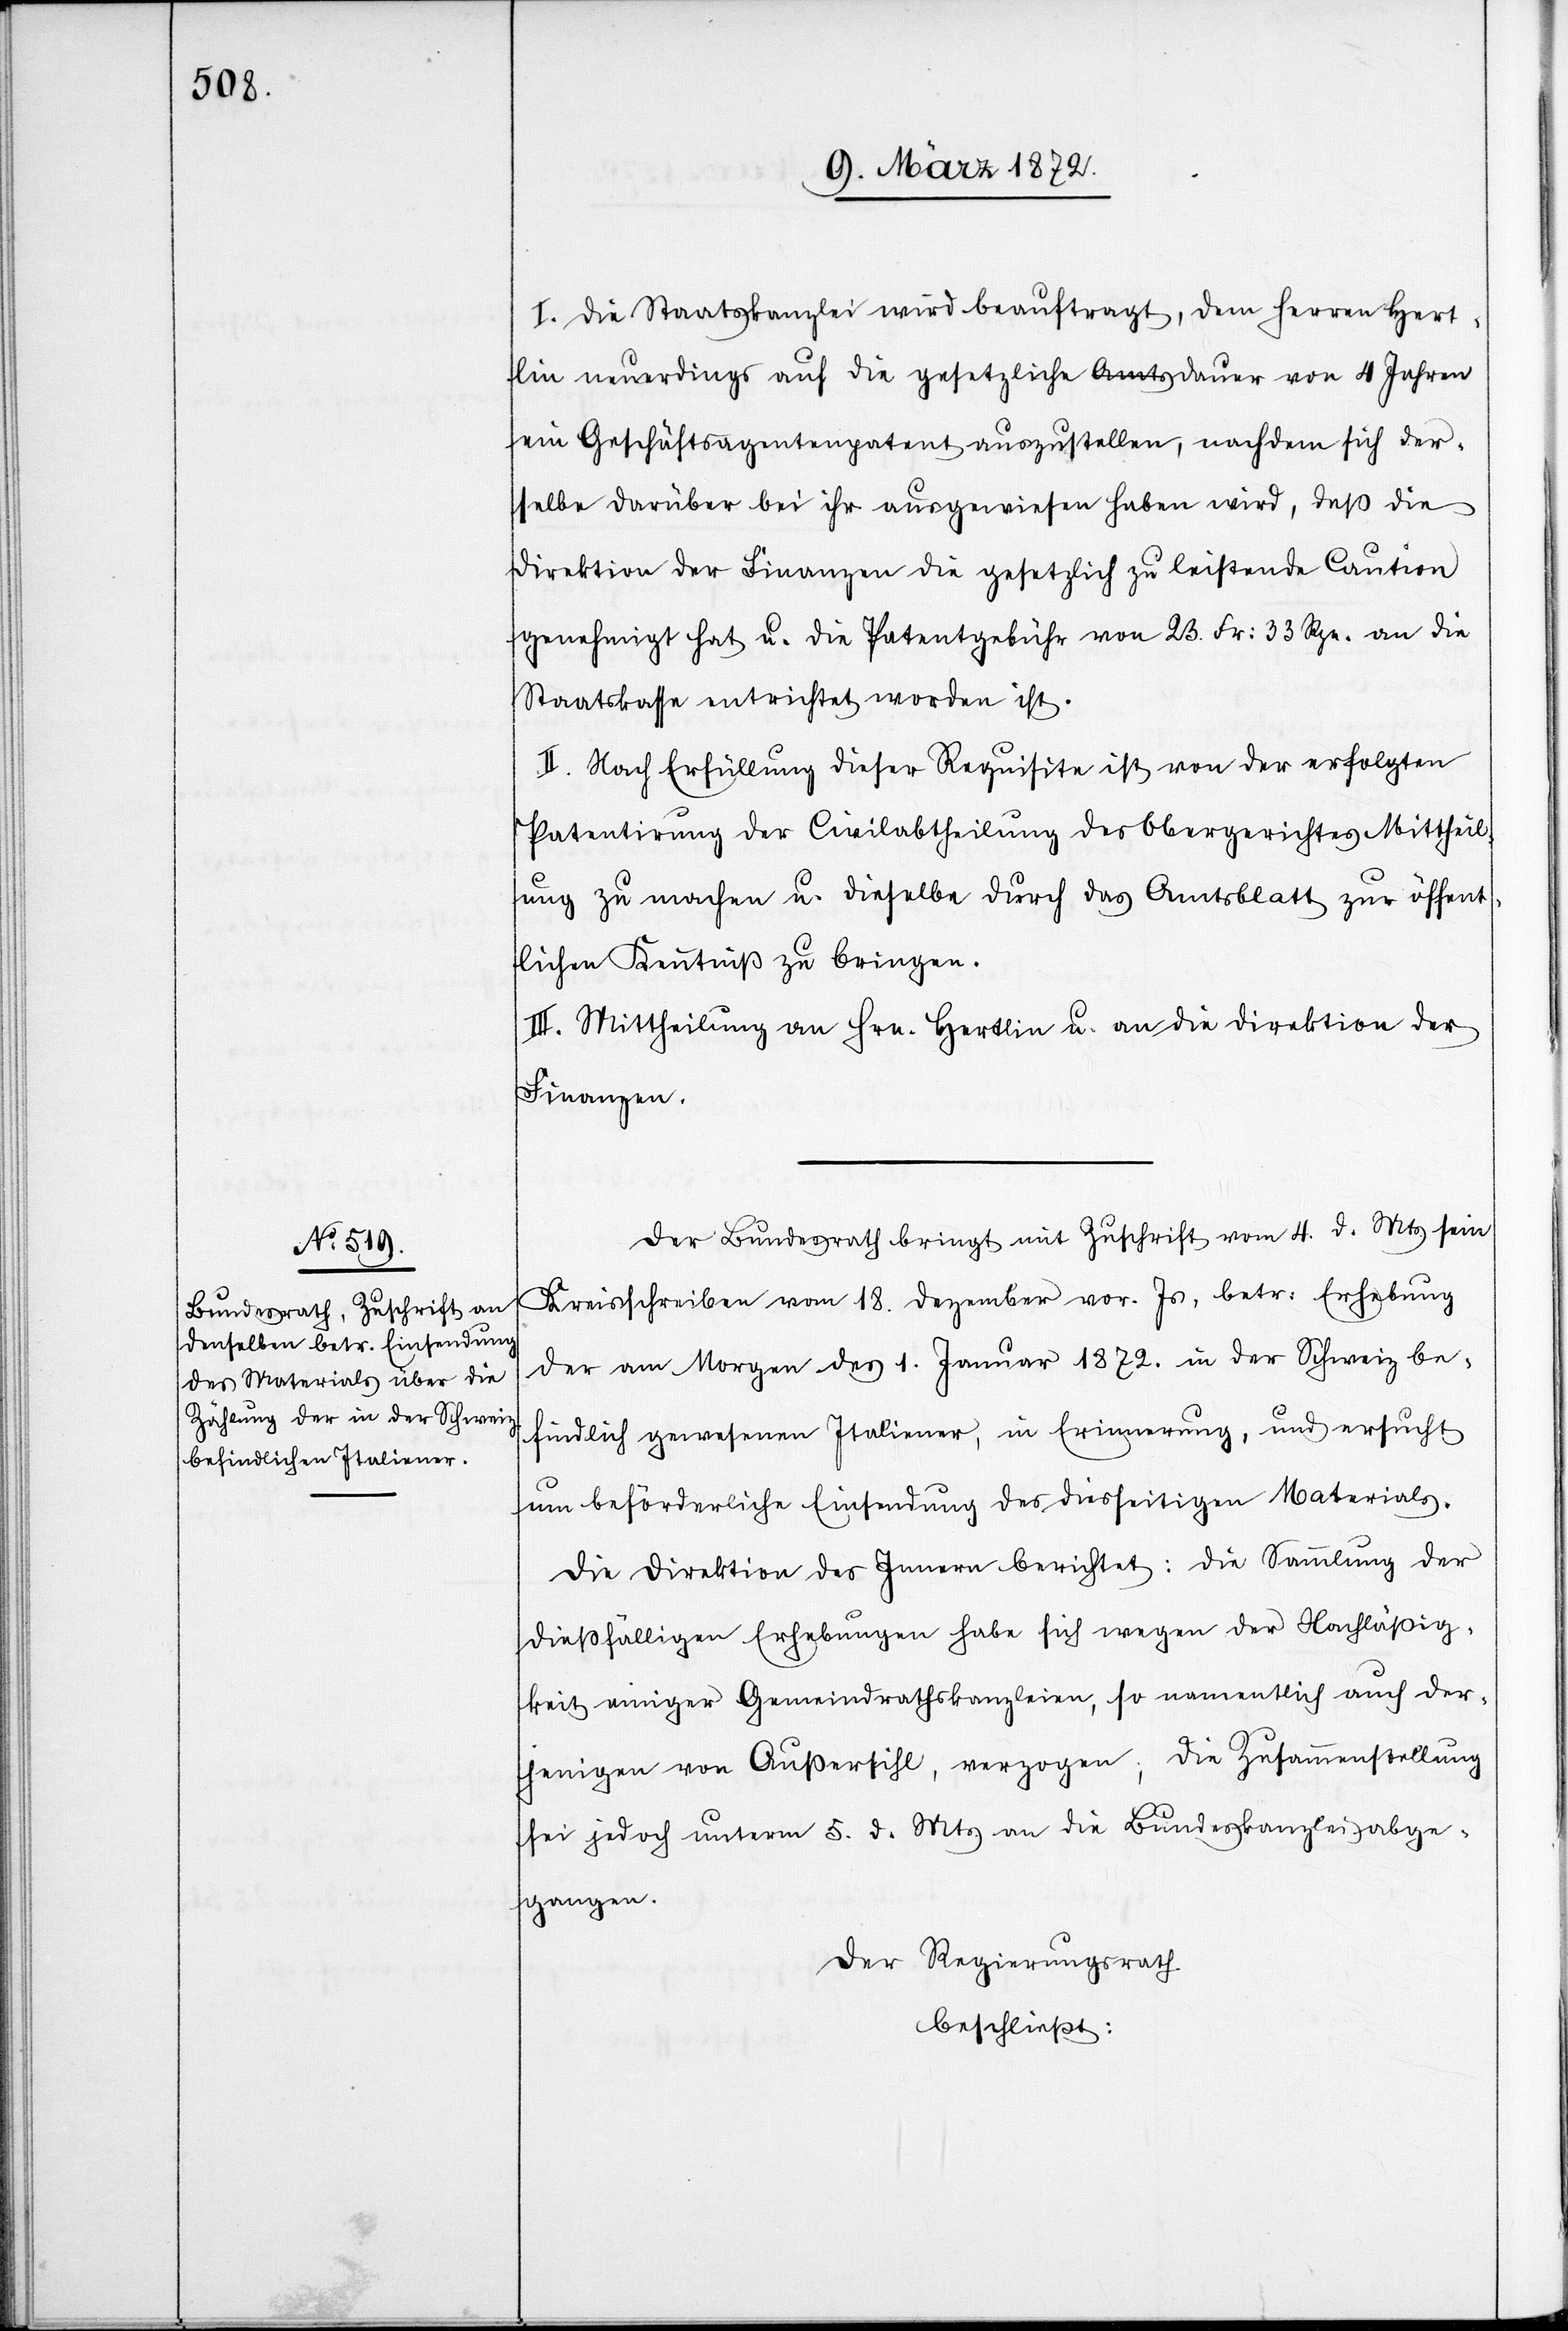
I. Die Staatskanzlei wird beauftragt, dem Herren Hert¬
lin neuerdings auf die gesetzliche Dauer von 4 Jahren
ein Geschäftsagentenpatent auszustellen, nachdem sich der¬
selbe darüber bei ihr ausgewiesen haben wird, daß die
Direktion der Finanzen die gesetzlich zu leistende Caution
genehmigt hat u. die Patentgebühr von 23. Fr: 33. Rpn. an die
Staatskasse entrichtet worden ist.
II. Nach Erfüllung dieser Requisite ist von der erfolgten
Patentirung der Civilabtheilung des Obergerichtes Mittheil¬
ung zu machen u. dieselbe durch das Amtsblatt zur öffent¬
lichen Kenntniß zu bringen.
III. Mittheilung an Hrn. Hertlin u. an die Direktion der
Finanzen.
Der Bundesrath bringt mit Zuschrift vom 4. d. Mts. sein
Kreisschreiben vom 18. Dezember vor. Js. betr: Erhebung
der am Morgen des 1. Januar 1872. in der Schweiz be¬
findlich gewesenen Italiener, in Erinnerung, und ersucht
um beförderliche Einsendung des diesseitigen Materials.
Die Direktion des Innern berichtet: Die Sammlung der
dießfälligen Erhebungen habe sich wegen der Nachläßig¬
keit einiger Gemeindrathskanzleien, so namentlich auch der¬
jenigen von Außersihl, verzogen; die Zusammenstellung
sei jedoch unterm 5. d. Mts. an die Bundeskanzlei abge¬
gangen.
Der Regierungsrath
beschließt: